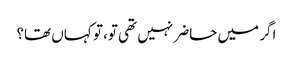
اگر میں حاضر نہیں تھی تو، تو کہاں تھا؟